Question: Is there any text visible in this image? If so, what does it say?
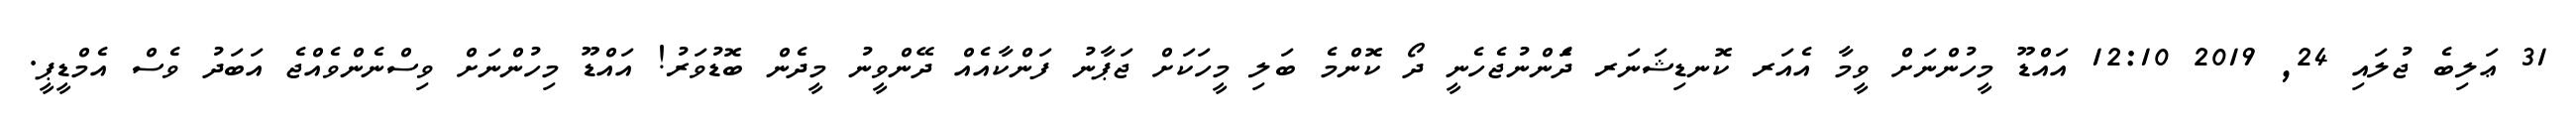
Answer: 31 ޢަލިބެ ޖުލައި 24, 2019 12:10 އައްޑޫ މީހުންނަށް ވީމާ އެއަރ ކޮނޑިޝަނަރ ދަެންނުޖެހެނީ ދޯ ކޮންމެ ބަލި މީހަކަށް ޖަޕާނު ފަންކާއެއް ދޭންވީނު މީދެން ބޮޑުވަރު! އައްޑޫ މިހުންނަށް ވިސްނެންވެއްޖެ އަބަދު ވެސް އެމްޑީޕީ.